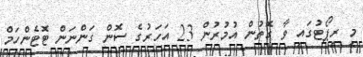
މި ރިޕޯޓުގައި ވާ ގޮތުން އުމުރުން 23 އަހަރުގެ ސޮން ގަންނަން ޓޮޓެންހަމް